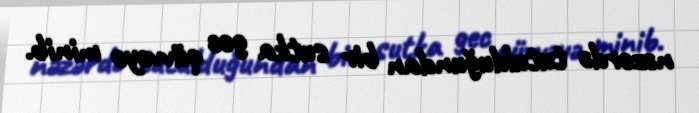
nəzərdə tutulduğundan bir sutka gec qüvvəyə minib.